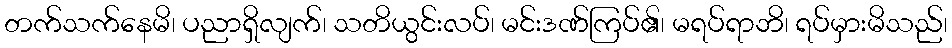
တက်သက်နေမိ၊ ပညာရှိလျက်၊ သတိယွင်းလပ်၊ မင်းဒဏ်ကြပ်၏၊ မရပ်ရာဘိ၊ ရပ်မှားမိသည်၊